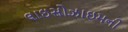
લાઇસોઝાઇમની